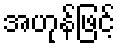
အဟုန်ဖြင့်